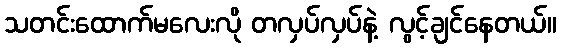
သတင်းထောက်မလေးလို တလှပ်လှပ်နဲ့ လွင့်ချင်နေတယ်။